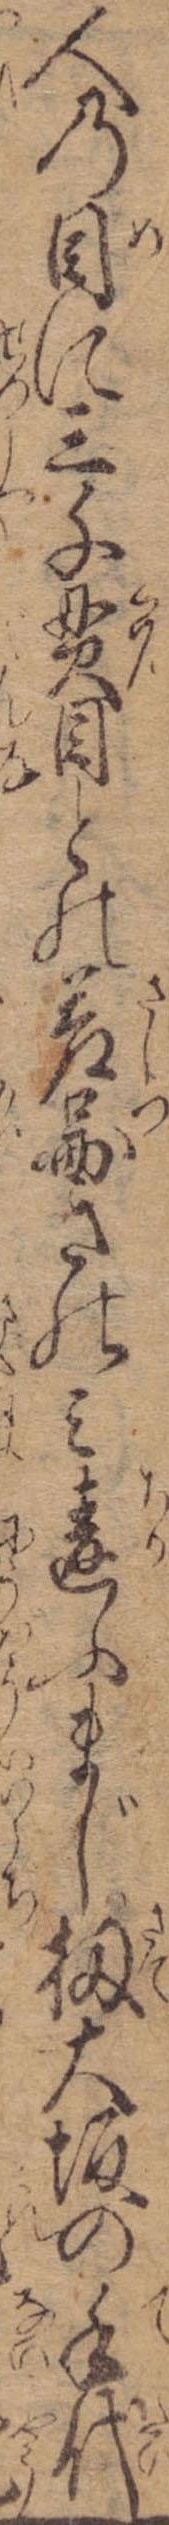
人の目に三千貫目との差図さのみ違ふまじ扨大坂の手代